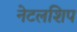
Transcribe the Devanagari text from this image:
नेटलशिप